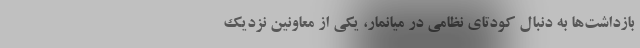
بازداشت‌ها به دنبال کودتای نظامی در میانمار، یکی از معاونین نزدیک